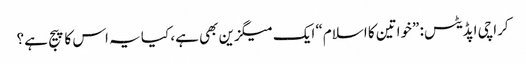
کراچی اپڈیٹس: ”خواتین کا اسلام“ ایک میگزین بھی ہے، کیا یہ اس کا پیج ہے؟